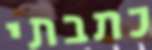
כתבתי